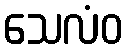
သေလံဝ